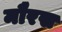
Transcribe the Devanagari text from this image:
मौरस